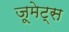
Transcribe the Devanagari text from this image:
जूमेट्स